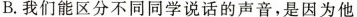
B.我们能区分不同同学说话的声音，是因为他